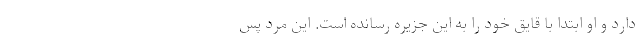
دارد و او ابتدا با قایق خود را به این جزیره رسانده است. این مرد پس